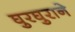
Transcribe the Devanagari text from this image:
घुरघुराने